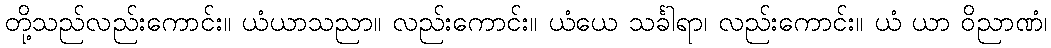
တို့သည်လည်းကောင်း။ ယံယာသညာ။ လည်းကောင်း။ ယံယေ သင်္ခါရာ၊ လည်းကောင်း။ ယံ ယာ ဝိညာဏံ၊